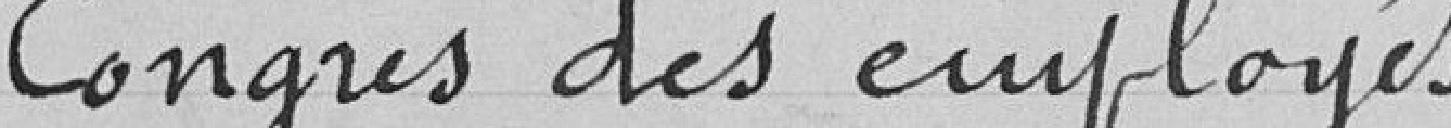
Congrès des employés